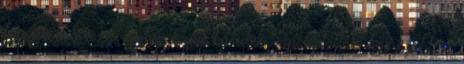
tanyákon sem. Azután saját bõrükön tapasztalták, hogy jobb a